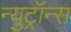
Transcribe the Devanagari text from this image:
न्युट्रॉन्स